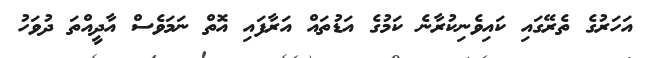
އަހަރުގެ ތެރޭގައި ކައިވެނިކުރާނެ ކަމުގެ އަޑުތައް އަރާފައި އޮތް ނަމަވެސް އާދީއްތަ ދުވަހު